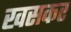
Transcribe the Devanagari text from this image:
खसकर